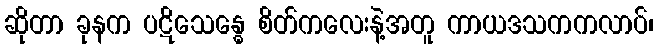
ဆိုတာ ခုနက ပဋိသေန္ဓေ စိတ်ကလေးနဲ့အတူ ကာယဒသကကလာပ်၊